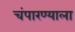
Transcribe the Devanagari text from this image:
चंपारण्याला